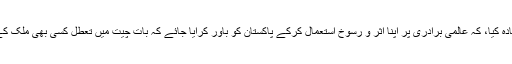
مگر ایک بار پھر اعادہ کیا، کہ عالمی برادری پر اپنا اثر و رسوخ استعمال کرکے پاکستان کو باور کرایا جائے کہ بات چیت میں تعطل کسی بھی ملک کے مفاد میں نہیں ہے۔